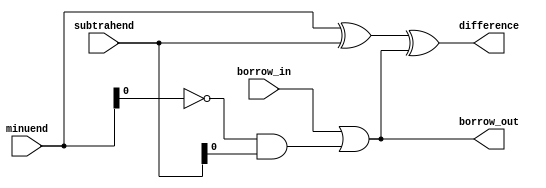
module comb_subtractor(
    input [3:0] minuend,
    input [3:0] subtrahend,
    input borrow_in,
    output [3:0] difference,
    output borrow_out
);

wire [3:0] minuend_inv;
wire [3:0] subtrahend_inv;
wire [3:0] xor_result;
wire [3:0] and_result;
wire borrow;

assign minuend_inv = ~minuend;
assign subtrahend_inv = ~subtrahend;
assign xor_result = minuend ^ subtrahend;
assign and_result = minuend_inv & subtrahend;
assign difference = xor_result ^ borrow;
assign borrow_out = borrow;

assign borrow = borrow_in | and_result;

endmodule